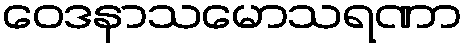
ဝေဒနာသမောသရဏာ